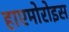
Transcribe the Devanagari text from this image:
हाएमोरोइस